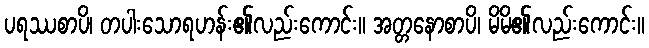
ပရဿစာပိ၊ တပါးသောရဟန်း၏လည်းကောင်း။ အတ္တနောစာပိ၊ မိမိ၏လည်းကောင်း။